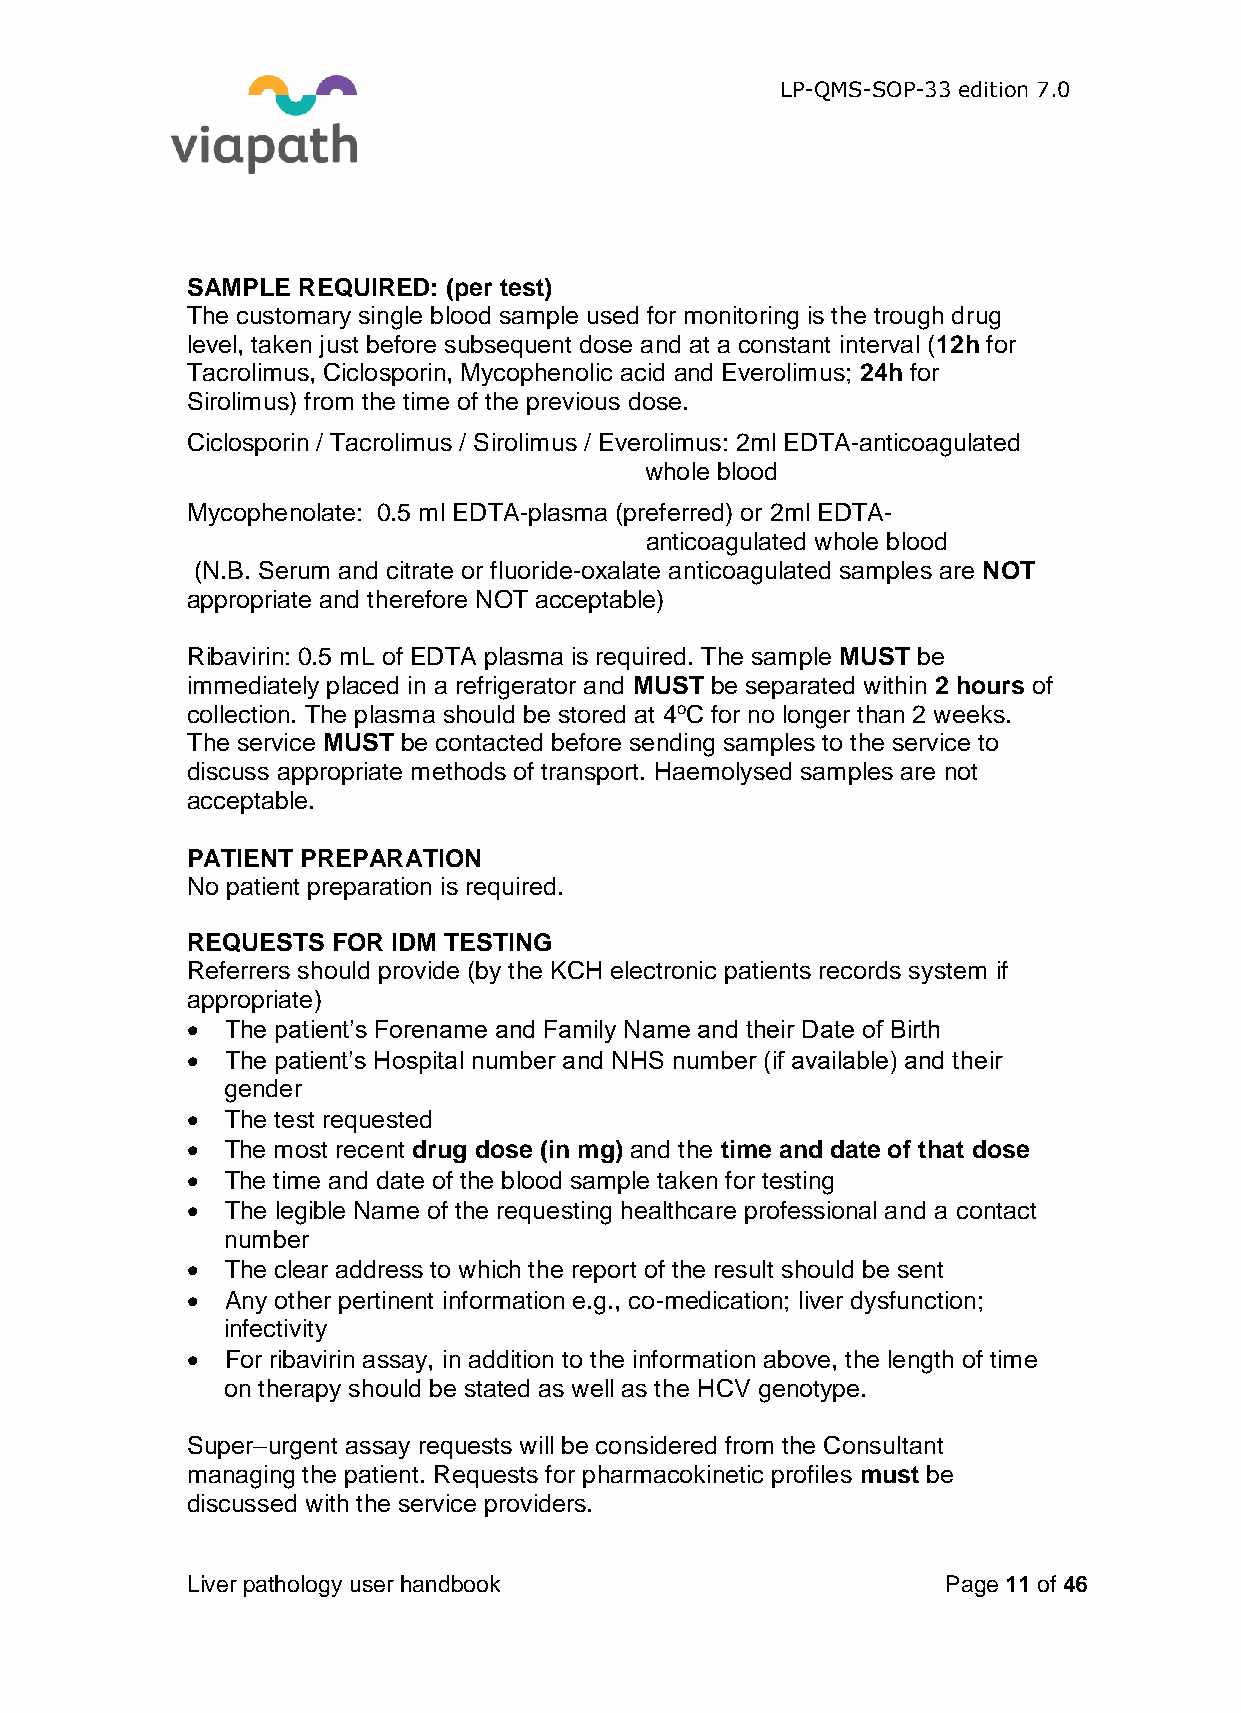
LP-QMS-SOP-33 edition 7.0
 SAMPLE  REQUIRED: (per test)
 The customary single blood sample used for monitoring is the trough drug
 level, taken just before subsequent dose and at a constant interval (12h for
 Tacrolimus, Ciclosporin, Mycophenolic acid and Everolimus; 24h for
 Sirolimus) from the time of the previous dose.
 Ciclosporin / Tacrolimus / Sirolimus / Everolimus: 2ml EDTA-anticoagulated
 whole blood
 Mycophenolate: 0.5 ml EDTA-plasma (preferred) or 2ml EDTA-
 anticoagulated whole blood
 (N.B. Serum and citrate or fluoride-oxalate anticoagulated samples are NOT
 appropriate and therefore NOT acceptable)
 Ribavirin: 0.5 mL of EDTA plasma is required. The sample MUST be
 immediately placed in a refrigerator and MUST be separated within 2 hours of
 collection. The plasma should be stored at 4oC for no longer than 2 weeks.
 The service MUST be contacted before sending samples to the service to
 discuss appropriate methods of transport. Haemolysed samples are not
 acceptable.
 PATIENT PREPARATION
 No patient preparation is required.
 REQUESTS  FOR IDM TESTING
 Referrers should provide (by the KCH electronic patients records system if
 appropriate)
   The patient’s Forename and Family Name and their Date of Birth
   The patient’s Hospital number and NHS number (if available) and their
 gender
   The test requested
   The most recent drug dose (in mg) and the time and date of that dose
   The time and date of the blood sample taken for testing
   The legible Name of the requesting healthcare professional and a contact
 number
   The clear address to which the report of the result should be sent
   Any other pertinent information e.g., co-medication; liver dysfunction;
 infectivity
   For ribavirin assay, in addition to the information above, the length of time
 on therapy should be stated as well as the HCV genotype.
 Super–urgent assay requests will be considered from the Consultant
 managing the patient. Requests for pharmacokinetic profiles must be
 discussed with the service providers.
 Liver pathology user handbook                      Page 11 of 46